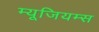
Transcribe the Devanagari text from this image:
म्यूजियम्स